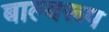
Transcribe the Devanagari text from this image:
बाल्यरूप